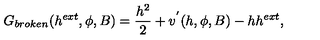
G _ { b r o k e n } ( h ^ { e x t } , \phi , B ) = \frac { h ^ { 2 } } { 2 } + v ^ { ' } ( h , \phi , B ) - h h ^ { e x t } ,